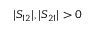
| S _ { 1 2 } | , | S _ { 2 1 } | > 0